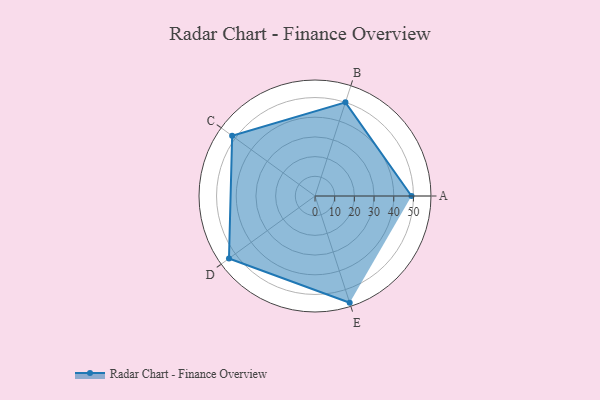
{"axis": {"x": "Skill", "y": "Score"}, "legend": ["Profile"], "data": [{"x": "A", "y": 49.0, "type": "Profile"}, {"x": "B", "y": 50.0, "type": "Profile"}, {"x": "C", "y": 52.0, "type": "Profile"}, {"x": "D", "y": 54.0, "type": "Profile"}, {"x": "E", "y": 57.0, "type": "Profile"}]}